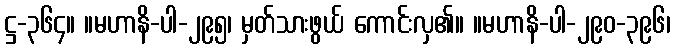
ဋ္ဌ-၃၆၄။ ။မဟာနိ-ပါ-၂၉၅၊ မှတ်သားဖွယ် ကောင်းလှ၏။ ။မဟာနိ-ပါ-၂၉၀-၃၉၆၊